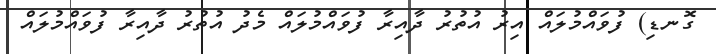
ގޮނޑި) ފުވައްމުލައް އިރު އުތުރު ދާއިރާ ފުވައްމުލައް މެދު އުތުރު ދާއިރާ ފުވައްމުލައް